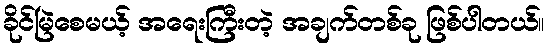
ခိုင်မြဲစေမယ့် အရေးကြီးတဲ့ အချက်တစ်ခု ဖြစ်ပါတယ်။